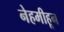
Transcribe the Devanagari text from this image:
नेहमीहून